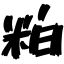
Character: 粕